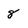
Character: 8